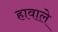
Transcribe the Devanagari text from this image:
हावाले